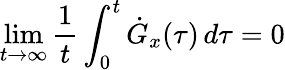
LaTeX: \operatorname*{lim}_{t\to\infty}\frac{1}{t}\int_{0}^{t}\dot{G}_{x}(\tau)\, d\tau=0